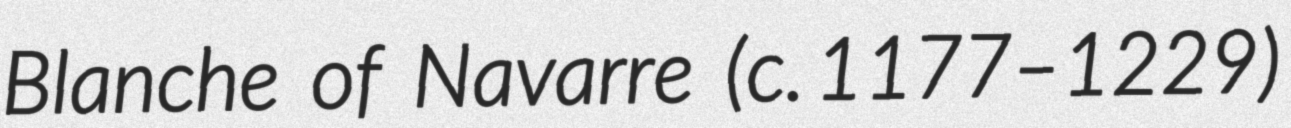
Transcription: Blanche of Navarre (c. 1177–1229)